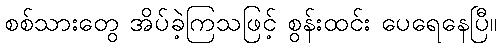
စစ်သားတွေ အိပ်ခဲ့ကြသဖြင့် စွန်းထင်း ပေရေနေပြီ။